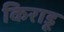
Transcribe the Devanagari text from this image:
किराडू